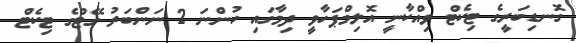
ގޮނޑިބަރީގެ ޓިކެޓް ވިއްކާނީ އޮލިމްޕަހާވީ ދިމާގައި ހުންނަ 2 ނަންބަރު ގޭޓްގެ ޓިކެޓް